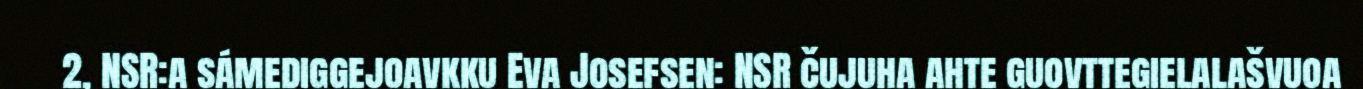
2, NSR:a sámediggejoavkku Eva Josefsen: NSR čujuha ahte guovttegielalašvuoa